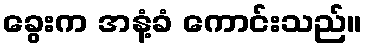
ခွေးက အနံ့ခံ ကောင်းသည်။